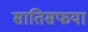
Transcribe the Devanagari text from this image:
सातिसफया